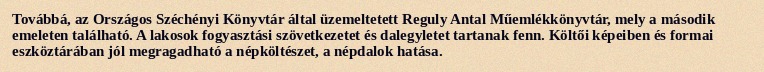
Továbbá, az Országos Széchényi Könyvtár által üzemeltetett Reguly Antal Műemlékkönyvtár, mely a második emeleten található. A lakosok fogyasztási szövetkezetet és dalegyletet tartanak fenn. Költői képeiben és formai eszköztárában jól megragadható a népköltészet, a népdalok hatása.